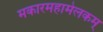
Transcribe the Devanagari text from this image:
मकारमहामेलकम्